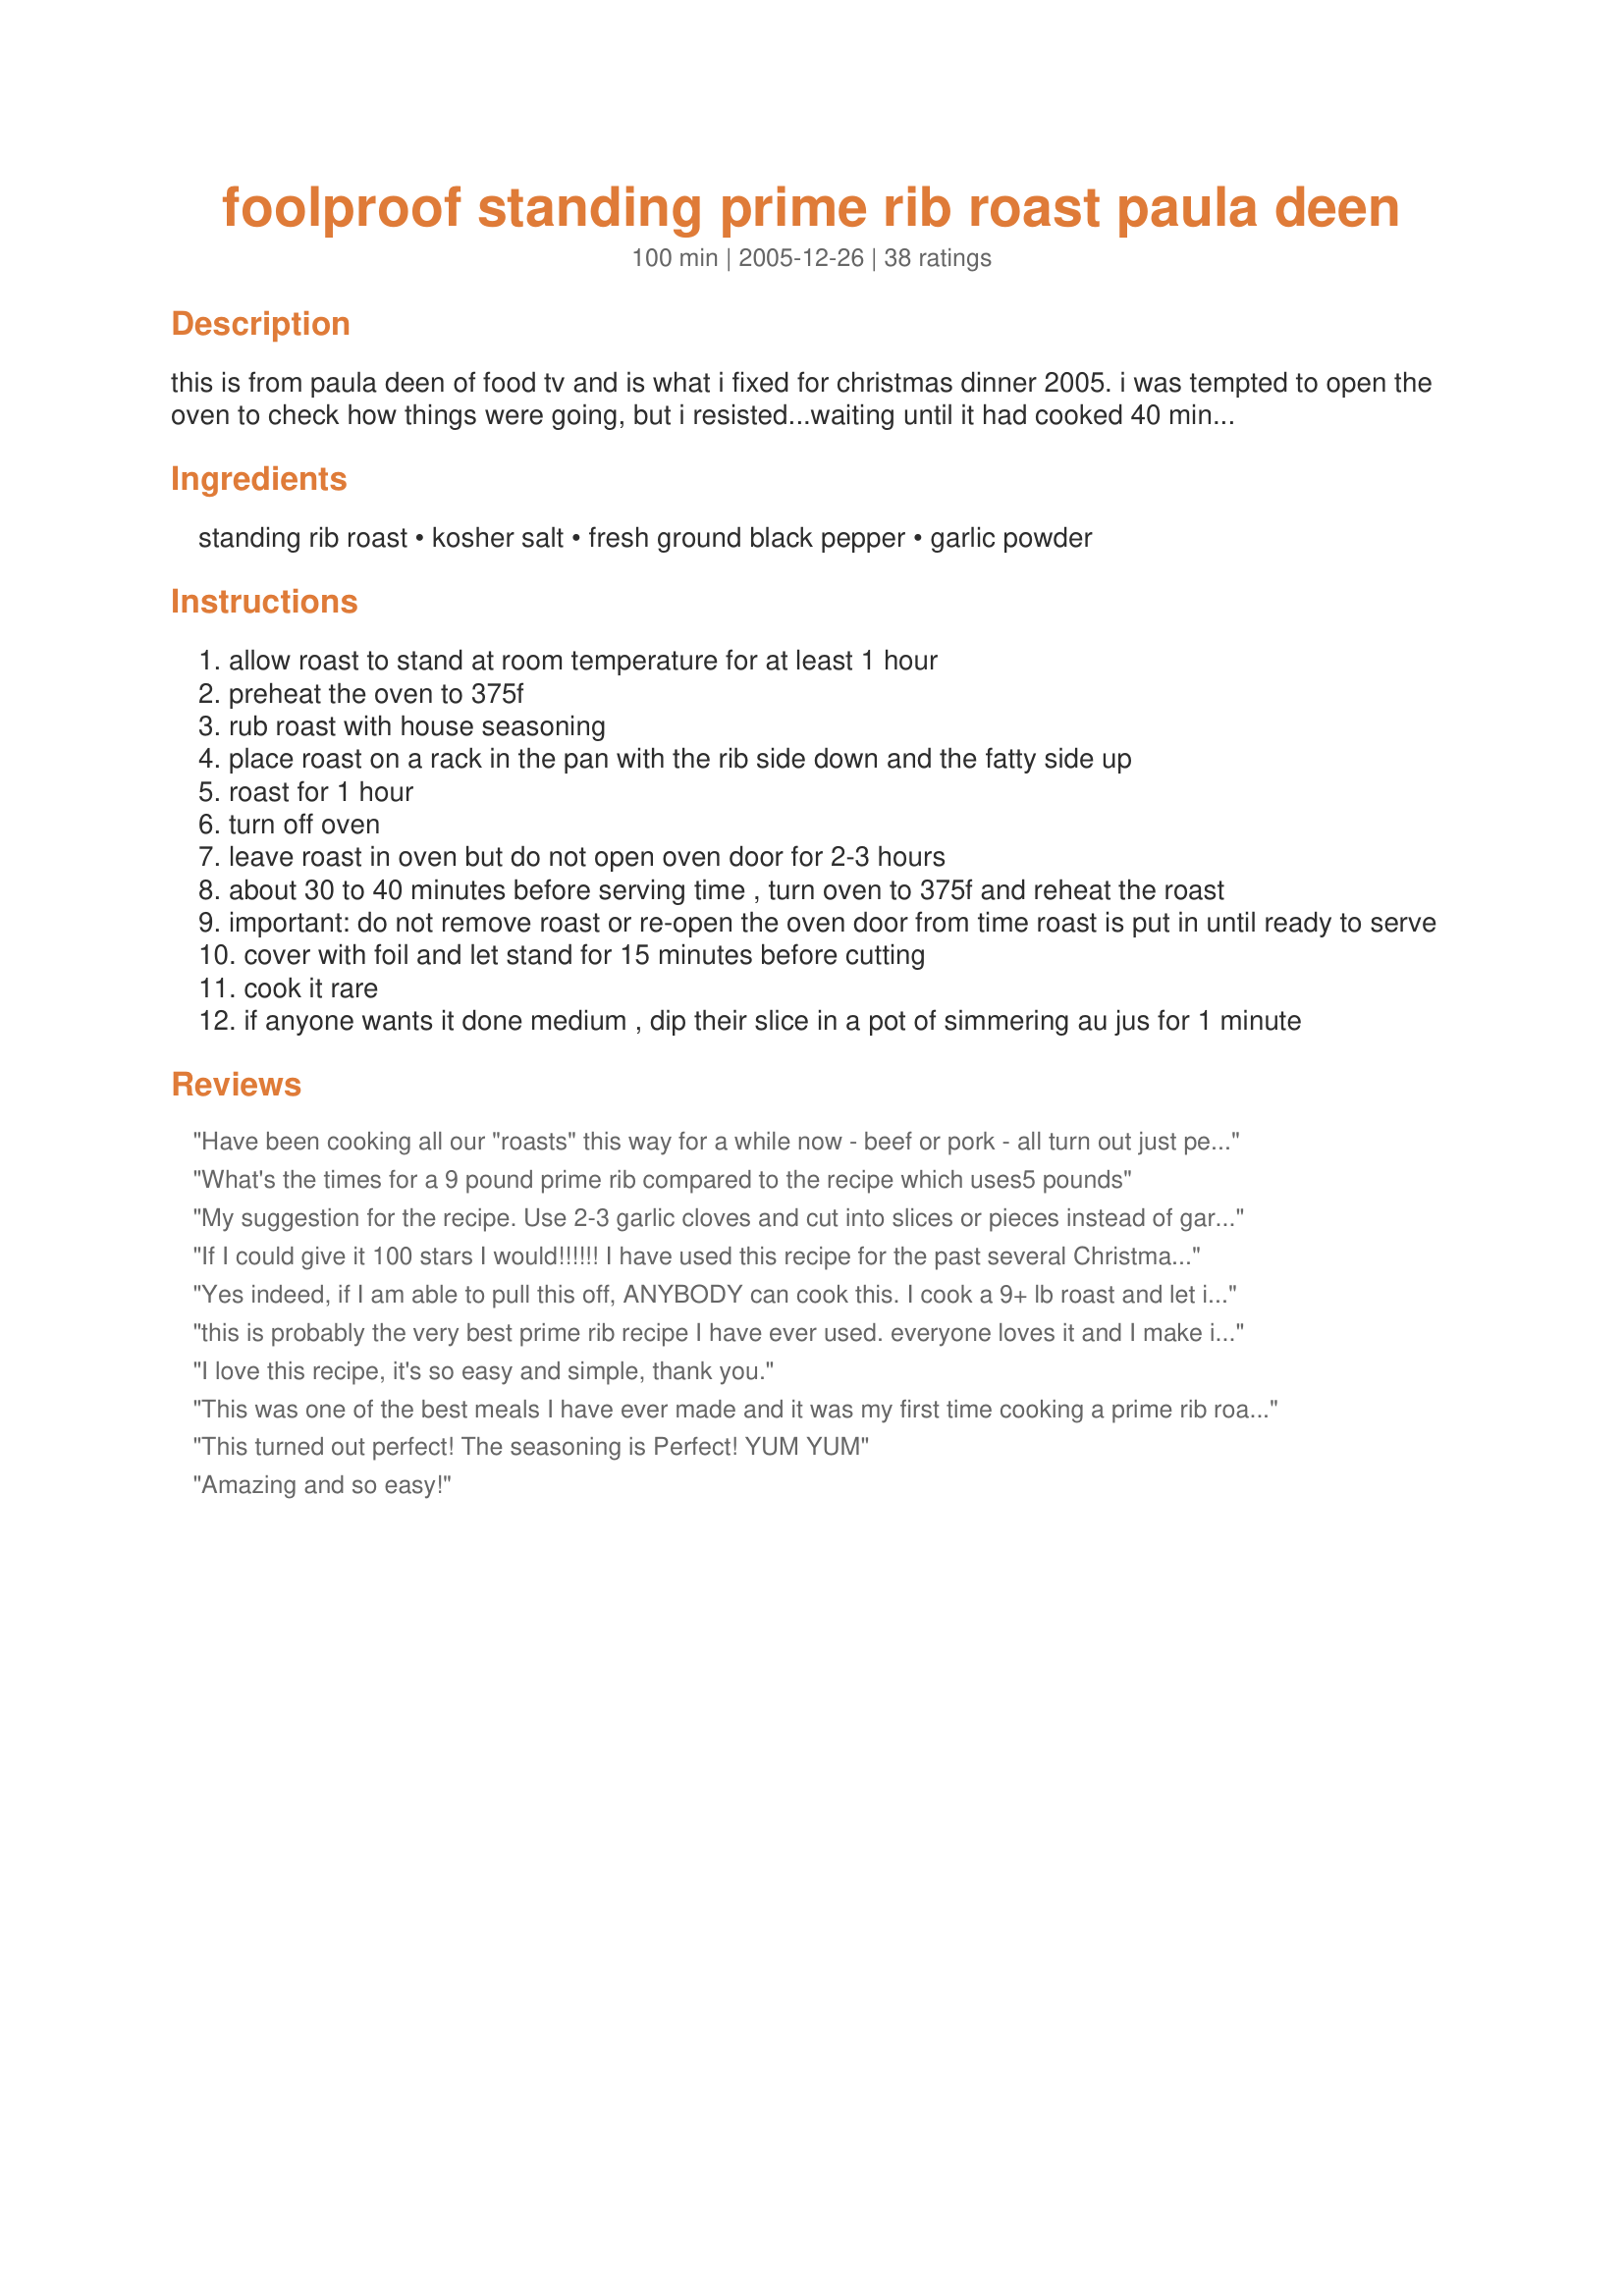
foolproof standing prime rib roast paula deen
Preparation time: 100 minutes

this is from paula deen of food tv and is what i fixed for christmas dinner 2005. i was tempted to open the oven to check how things were going, but i resisted...waiting until it had cooked 40 minutes at the final stage of cooking. i had a 9+ pound roast and the final temperature at that point was 129°f. it was wonderful! i'd definitely cook it the same way again. see recipe #57340 for seasoning.

Ingredients:
standing rib roast, kosher salt, fresh ground black pepper, garlic powder

Steps:
allow roast to stand at room temperature for at least 1 hour
preheat the oven to 375f
rub roast with house seasoning
place roast on a rack in the pan with the rib side down and the fatty side up
roast for 1 hour
turn off oven
leave roast in oven but do not open oven door for 2-3 hours
about 30 to 40 minutes before serving time , turn oven to 375f and reheat the roast
important: do not remove roast or re-open the oven door from time roast is put in until ready to serve
cover with foil and let stand for 15 minutes before cutting
cook it rare
if anyone wants it done medium , dip their slice in a pot of simmering au jus for 1 minute

Reviews:
Have been cooking all our "roasts" this way for a while now - beef or pork - all turn out just perfect every time ! <br/>Came to post the recipe I had been using and here it was ! You beat me to it ! Thanks for sharing an awesome recipe ! and Paula's Seasoning Mix recipe,too ! which we LOVE ! and use it all the time, it is really great on veggies,too !
What's the times for a 9 pound prime rib compared to the recipe which uses5 pounds
My suggestion for the recipe. Use 2-3 garlic cloves and cut into slices or pieces instead of garlic powder. Make slits in the meat and push the garlic in. Salt and pepper both sides. Follow the recipe exactly and it turns out perfectly. We used a 5.77lb roast. <br/><br/>Sauce. While the roast is sitting 15 minutes, pour some kettle water in the bottom. While you cut the meat, put the sauce in a small pot and add 1 beef bullion to it and bring to a boil.
If I could give it 100 stars I would!!!!!! I have used this recipe for the past several Christmas roasts as well as several other "less expensive" cuts and it turns out perfect EVERY time!!!! Size of the roast isn't an issue. My family LOVES this method and we look forward to it every time!! The only thing to plan ahead for is cooking other things. But....I just let the roast rest while we cook the stuffing and it works out just fine! Cover roast with foil and it stays plenty warm. Definitely recommended!!!

I made a full recipe of the house seasoning

1 cup salt (I use table salt)
1/4 cup black pepper
1/4 cup garlic powder

Then I keep it in an air tight container to use throughout the year. It is also great on steaks on the grill or oven.
Yes indeed, if I am able to pull this off, ANYBODY can cook this. I cook a 9+ lb roast and let it sit in the oven for 3 hours and cooked it for 35 min prior to serving and it came out perfect! So glad I came across this recipe!
this is probably the very best prime rib recipe I have ever used. everyone loves it and I make it several times a year and especially at Christmas. If you have not tried it, please do you won't be disappointed. And one word of advice follow the very easy directions and DO NOT open the oven.
I love this recipe, it's so easy and simple, thank you.
This was one of the best meals I have ever made and it was my first time cooking a prime rib roast. I was so intimidated to cook this cut of beef but it was actually simple! We don't like our beef too rare so I cooked this to a final internal temperature of 150F and it was perfect for us. A fabulous recipe that will definitely be repeated, thanks Sharlene!!
This turned out perfect! The seasoning is Perfect! YUM YUM
Amazing and so easy!
I made this last night with a 6.5 rib roast in a gas oven. I cooked it an hour, left it in for 3 hours and then cooked it another 30 mins and it turned out medium rare. Perfectly cooked and melt in your mouth delicious!!!!
This was so moist, delicious and flavorful. Next time I think I would do two smaller ones so that we could have 4 end pieces. YUM!! Very easy to cook if you have two ovens. If not make sure you dont have anything else that needs to go in the oven that day.
I have used this recipe several times and it has never let me down. It is a great Sunday recipe in the AM before church or when the weather is too bad to cook outside. You will love the way it smells while cooking and everyone else will also.
This recipe has never failed me. In fact we won't even go out for prime rib anymore because of this recipe. I highly recommend it and wouldn't use any other. Great post.
Perfect recipe! I&#039;ve been using this recipe for about 5 years, all usually with a 10-13 pound roast, and not one complaint! Another reviewer said that the size of the roast doesn&#039;t matter, but yes it does. Tonight I made a 3 pound roast for my girlfriend and I, and it was at a prefect 125
I had never made a standing rib roast before but you would never know it. This recipe came out perfect. My family loved it. I did make an au jus sauce to go with it and made it even better.
fool proof is right!! turns out wonderful!!!!
At Christmas time I bought several prime rib roasts and froze them because they were on sale. It was a good opportunity to learn how to cook prime rib properly. After 3 tries, and various techniques, I was ready to give up, but thought I would try this recipe as my last ditch effort. Wow, am I glad I did! This technique is practically foolproof (hence the title, huh?). The oven I was doing it in wasn&#039;t working well, so it was baking at close to 400. Regardless, I still followed the recipe, and the roast turned out perfectly! I couldn&#039;t be more pleased. I also followed someone else&#039;s suggestion for the sauce and adding a beef bouillon cube. It made an awesome au jus. I also rubbed Worcester sauce into the roast prior to putting it in the oven and used garlic paste instead of powder. What a fantastic recipe! Before trying this method, I&#039;d decided I wouldn&#039;t buy any more roasts, but now I can confidently buy them when they go on sale. Thank you!
I made this for my anniversary last year and it came out just perfect.
I prepared this Christmas night. I used a 5 1/2 lb roast. It turned out perfect. It's impossible to prepair any other oven cooked foods. Helpful if you have a double oven. The only change I made, was the use of the seasioning mixture and sauce mixture from recipe #48548. Thank you Flora. Simply superb. I had a guest who is very fussy. He said it was the best Standing Rib Roast he has ever had. Without a doubt, I will make this again. Highly recommended.
I followed those instructions exactly and mine was medium to well done. I know ovens cook at different temperatures so this is something to watch out for! The flavor was excellent but NO ONE should cook prime rib well done!
Two years in a row.. Perfect. Our new Christmas/holiday tradition!!
Thank you Paula Deen for the best rib roast recipe ever! Can always count on you to make things easier for me with the most delicious results. My husband and family loves my (your) rib roast. Found this recipe, I think 2 years ago and now everyone insists we make this on all special occasions. Husbands birthday tomorrow and guess what he wants? We love you Paula Deen!!!! Iris
This Recipe ROCKS !! I had Never made a Prime Rib, But for my Thanksgiving I wanted to make something special. I was planning on making plain old Roast Beef. My boyfriends Parents bought us a prime rib for dinner, I told his mom I was going to make it in the Crockpot like I normally do with any other RoastBeef. When I told her that she gasped in Horror, so I googled it. All the comments about doing the Prime Rib in the crockpot said it was a very bad Idea. So then I googled Foolproof Prime Rib. This Recipe was the 1st one listed in the google search, I knew I had tried things from this site before and with all the positive review's I thought it couldn't be so bad. I did it with a 2.11kg Bone in Prime Rib Roast. For people like me that don't have a rack, I just piled up some raw onion, garlic, and potatoes so it wasn't on the bottom of the pan and followed the instructions. My only other change, was that I sprinkled / rubbed with the House Seasoning the night before and right before I put it into the oven. Every one Loved it. Honestly I think they were a little shocked I pulled it off. My Prime Rib roast turned out about Medium Well. That works for us because my parents won't eat beef anything pink (Yeah yeah I don't know whats wrong with them). But even being Medium Well. It was super tender. I was even asked for the recipe. I will defiantly be making Prime Rib again this way. Maybe for X-mas since they were so impressed I've been nominated for that dinner too. Thanks again for all the Review's and the people putting the effort in writing them.
I was very nervous about turning off the oven..my oven isnt top notch and loses heat quickly...so I used leave in thermometer it was 70 degrees...and within 2 hrs it was up to 128 degrees..just kept right on cooking. I turned the oven back on and left in for 25 min. ended up 136 degrees slightly higher than I wished, but perfectly tender and about little doner than medium...my roast was 5.6 lbs. a little larger would probably be perfect. oh I used a stone baking dish so that might have held the heat really well and got. my roast just a bit overdone. my family thought it was great...my first try as standing rib and I will do exactly as I did today with a few pounds larger and it will be great. thank you paula for giving us a terrific. , easy recipe.
Excellent roast, I cooked it exactly as the recipe said. Don't change a thing.
Made this today for NY's Day 2013...EXCELLANT!!! However, I used Fiesta brand "Uncle Chris' Gourmet Steak Seaoning" instead of PD's. I used a 4 lb. boneless rib roast & roasted it for 1 hour...turned the oven off for 1 & a half hours & then turned the oven back on for 20 minutes...turned out to a PERFECT medium-rare!!! Will definately do it this way again!!! THANKS for sharing!!!
I was always reluctant to try cooking prime rib, but this recipe made it super-simple and it was delicious. I highly recommend it.
I made my first ever standing rib roast for 8 people last night. I'm not sure how much it weighed, but it had 4 ribs...After reading the few negative reviews, I was a little nervous to try this recipe! The bottom line is, if you have a reliable oven and you follow the instructions exactly (NOT ever opening the oven door from start to finish)...you too will have success! My family thinks I'm a rockstar! There were two skeptics in my family who made me very paranoid...they said it was gonna be raw after only cooking 1 1/2 hours total, with the 3 hours in between spent in the oven while it was turned off. When we cut into it and saw how perfect it was, I cheered out loud! I made an au jus to go with it, 1C Good Red Cabernet Wine, 2C Beef Stock, right in the roasting pan on the stovetop, it was unbelievable. DON'T BE AFRAID TO TRY PAULA'S RECIPE! IT IS RESTAURANT QUALITY!!!
We just did a 12 pound roast and it came out perfect. I strongly recommend a leave in meat thermometer so that you don't have to worry about getting it exactly right. Also, don't forget that the meat continues to cook once you take it out. For a rare roast, the temp should read between 135-140 when it is removed from the oven.
This recipe was totally awesome. But I can not stress enough to use a meat thermometer if you are using a roast of a different size. The flavor was awesome, normally I won't put really any kind of seasoning much on this type of roast, just a little salt and pepper, so this wasn't too overpowering for the sweetness of the meat. Loved the addition of the garlic powder, so simple, so easy, and taste is just out of this world good !!!
This recipe was a great start for me. It has evolved a little through many uses. I know cook the roast until the internal temp is 90'. I then turn the oven off and the internal temp rises to 140'-145' over the next hour or so. It seems to work perfect every time.
A smash hit! We did a 7 pound roast. I used most of the rub. Waited the two hours, it was 118 degrees. So we did the second cook at 325 for 30 minutes. It came out rare and tender. Would be hard to fine a better way to do a rib roast.
Fabulous! Mouth Watering!&lt;br/&gt;&lt;br/&gt;Made this last week and it was restaurant quality, the meat came out perfect. Used a 4 lb boneless Prime Rib, only change which I recommend is substituting the garlic powder with 4 cloves minced garlic. Let the roast in the oven for 2 hours at which time it was 125 degrees, tented it and put back in the oven 45 min before dinner. The roast came out wonderful, medium rare as we like it.!
I cooked 1 3lb and 1 4 lb roast. The 3 lb roast was done med well, the 4 pound was medium. This satisfied everyone's taste. The leftovers will make great sandwiches tomorrow. The seasoning was just right. I will not cook a rib roast any other way from now on. Made for Alphabet Soup Game. Thanks for posting Sharlene.
I have made this for my DH for years. He says it's the best prime rib.
This was fabulous! And truly so easy. I don&#039;t often have the luxury of cooking this kind of roast so I was nervous about doing it right. Delicious! **Bonus** - It saves on energy costs too!
Im trying this for the first time today, infact its in the "set" period as I type. Tried to roast a prime rib 2 years ago and ended up with EPIC FAIL. It was an excellent roast beef but so not what I hoped and planned for. Love Paula, she has yet to let me down. My (and my Hubbins) fingers are crossed. Will update...Turned out perfect! I will never use a different recipe than this one. My Hubbins LOVED it!
